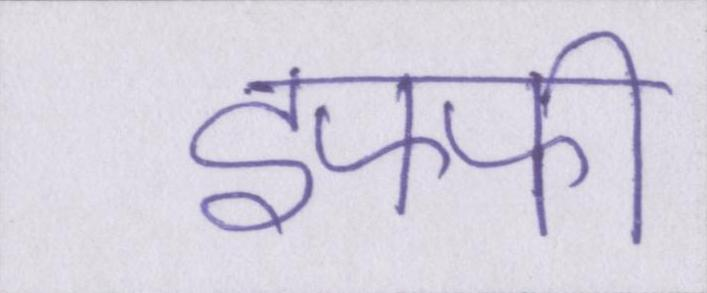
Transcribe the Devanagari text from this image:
इफ्फी